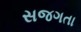
સજગતા